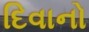
દિવાનો